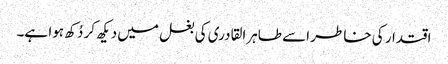
اقتدار کی خاطر اسے طاہرالقادری کی بغل میں دیکھ کر دُکھ ہوا ہے۔